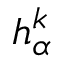
h _ { \alpha } ^ { k }